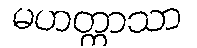
မဟတ္တာသာ